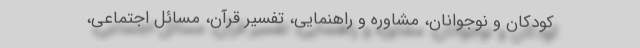
کودکان و نوجوانان، مشاوره و راهنمایی، تفسیر قرآن، مسائل اجتماعی،